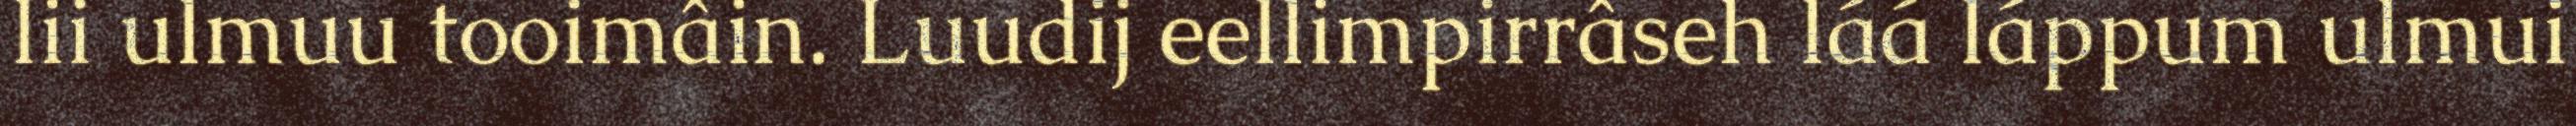
lii ulmuu tooimâin. Luudij eellimpirrâseh láá láppum ulmui